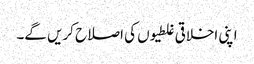
اپنی اخلاقی غلطیوں کی اصلاح کریں گے۔